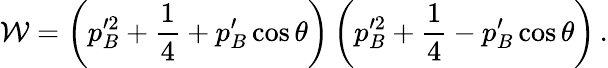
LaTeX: \mathcal{W}=\left(p_{B}^{\prime 2}+\frac{1}{4}+p_{B}^{\prime}\cos\theta\right)\left(p_{B}^{\prime 2}+\frac{1}{4}-p_{B}^{\prime}\cos\theta\right)\, .